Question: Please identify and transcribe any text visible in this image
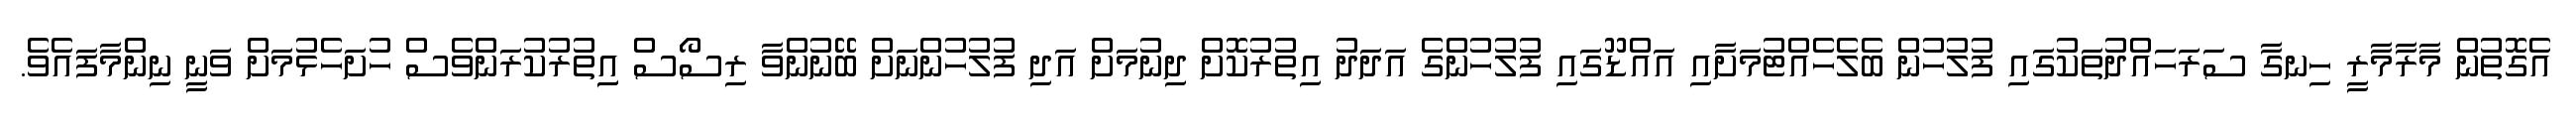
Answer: އެގޮތުން މާރާމާރީ ހިނގާ ސަރަހައްދުތަކުގައި ފުލުހުން ބެލެހެއްޓުމަށާއި އައްޑޫގައި ފުލުހުންގެ އަދަދު އިތުރުކޮށް ދިނުމަށް އަދި ފުލުހުންނަށް ބޭނުންވާ ރިސޯސް އިިތުރުކުރަންވެސް ހުށަހެޅުމަށް ވަނީ ނިންމާފައެވެ.